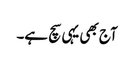
آج بھی یہی سچ ہے۔